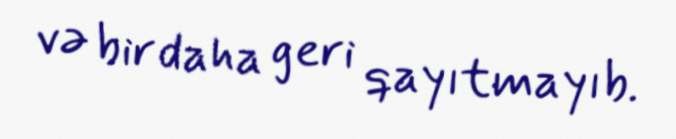
və bir daha geri qayıtmayıb.